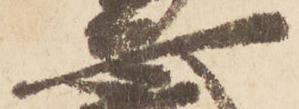
安